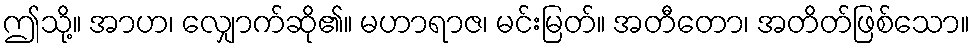
ဤသို့။ အာဟ၊ လျှောက်ဆို၏။ မဟာရာဇ၊ မင်းမြတ်။ အတီတော၊ အတိတ်ဖြစ်သော။